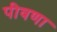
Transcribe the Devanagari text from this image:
पीवणा